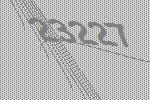
23227